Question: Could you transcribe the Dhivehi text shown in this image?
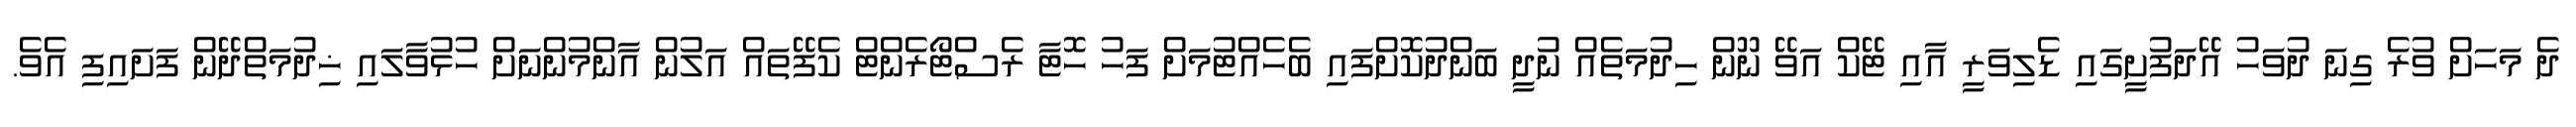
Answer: ދެ މަހަށް ވުރެ ގިނަ ދުވަހު އޭދަފުށީގައި ޑެލިވަރީ އާއި ޓޭކް އަވޭ ނޫން ހިދުމަތެއް ނުދީ ބަންދުކޮށްފައި ބެހެއްޓުމަށް ފަހު ހޮޓާ ރެސްޓޯރެންޓް ކެފޭތައް އަލުން އާންމުންނަށް ހުޅުވާލައި ޚިދުމަތްދޭން ފަށައިފި އެވެ.